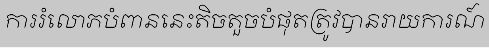
ការរំលោភបំពាននេះតិចតួចបំផុតត្រូវបានរាយការណ៍